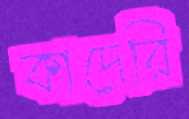
কাদেরি